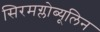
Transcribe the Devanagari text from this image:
सिरमग्लोब्यूलिन